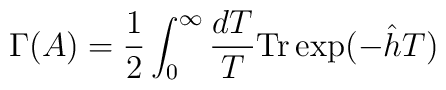
\Gamma(A)=\frac{1}{2}\int^\infty_0\frac{dT}{T}{\rm Tr}\exp(-\hat h T)